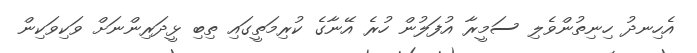
އެހިނދު ހިނިތުންވެލި ސަމީރާ އުފަލުން ހުރެ އޭނާގެ ކުރިމަތީގައި ތިބި ޅީދަރިންނަށް ވަކިވަކިން